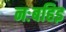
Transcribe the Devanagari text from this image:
नःबहिइ